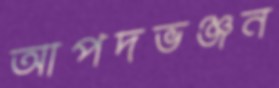
আপদভঞ্জন